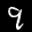
Label: 9